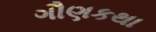
ગૌણકથા